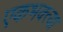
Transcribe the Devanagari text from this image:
एकभक्त्या